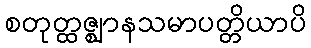
စတုတ္ထဇ္ဈာနသမာပတ္တိယာပိ